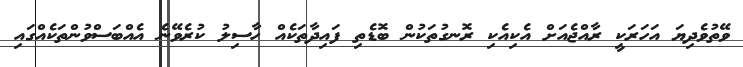
ވޭތުވެދިޔަ އަހަރަކީ ރާއްޖެއަށް އެކިއެކި ރޮނގުތަކުން ބޮޑެތި ފައިދާތަކެއް ހާސިލު ކުރެވޭނެ އެއްބަސްވުންތަކެއްގައި